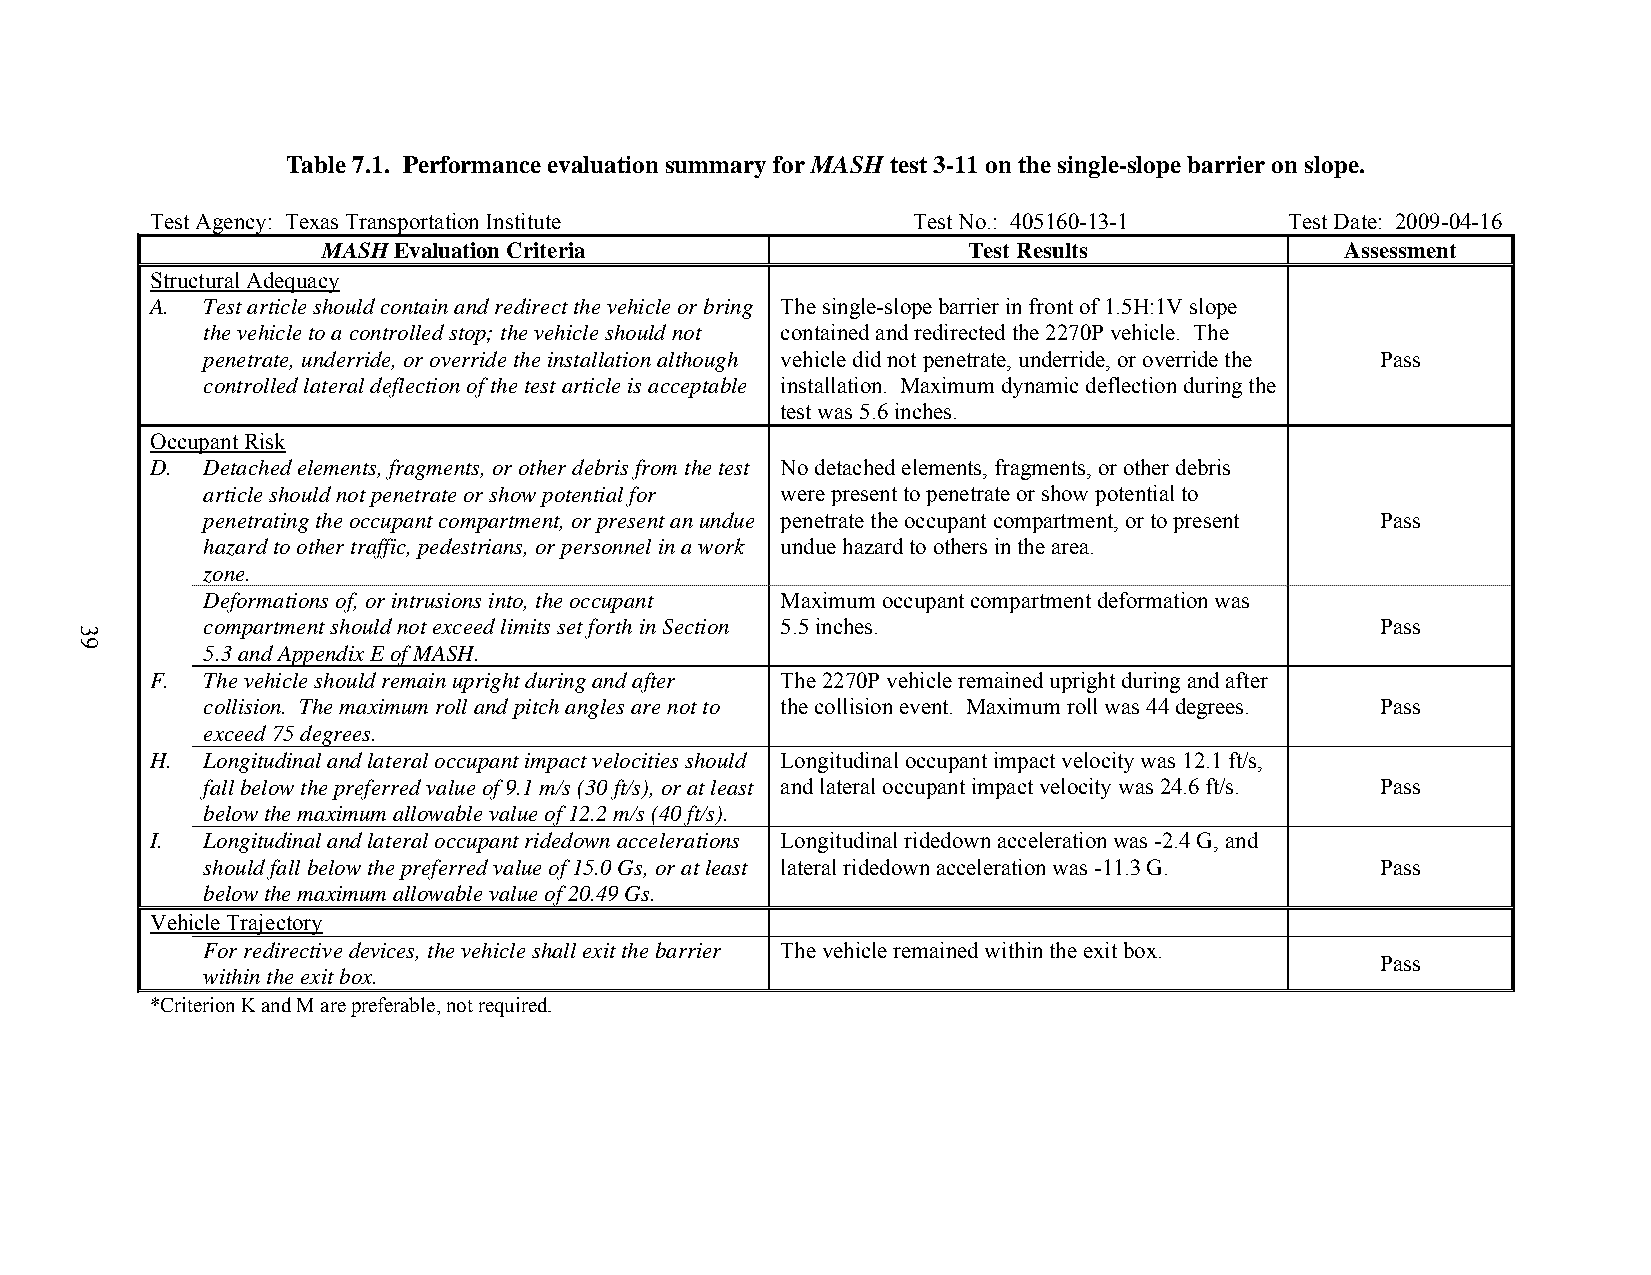
Table 7.1. Performance evaluation summary for MASH test 3-11 on the single-slope barrier on slope.
 Test Agency: Texas Transportation Institute       Test No.: 405160-13-1    Test Date: 2009-04-16
 MASH Evaluation Criteria                   Test Results             Assessment
 Structural Adequacy
 A. Test article should contain and redirect the vehicle or bring The single-slope barrier in front of 1.5H:1V slope
 the vehicle to a controlled stop; the vehicle should not contained and redirected the 2270P vehicle. The
 penetrate, underride, or override the installation although vehicle did not penetrate, underride, or override the Pass
 controlled lateral deflection of the test article is acceptable installation. Maximum dynamic deflection during the
 test was 5.6 inches.
 Occupant Risk
 D. Detached elements, fragments, or other debris from the test No detached elements, fragments, or other debris
 article should not penetrate or show potential for were present to penetrate or show potential to
 penetrating the occupant compartment, or present an undue penetrate the occupant compartment, or to present Pass
 hazard to other traffic, pedestrians, or personnel in a work undue hazard to others in the area.
 zone.
 Deformations of, or intrusions into, the occupant Maximum occupant compartment deformation was
 compartment should not exceed limits set forth in Section 5.5 inches.         Pass
 5.3 and Appendix E of MASH.
 F. The vehicle should remain upright during and after The 2270P vehicle remained upright during and after
 collision. The maximum roll and pitch angles are not to the collision event. Maximum roll was 44 degrees. Pass
 exceed 75 degrees.
 H. Longitudinal and lateral occupant impact velocities should Longitudinal occupant impact velocity was 12.1 ft/s,
 fall below the preferred value of 9.1 m/s (30 ft/s), or at least and lateral occupant impact velocity was 24.6 ft/s. Pass
 below the maximum allowable value of 12.2 m/s (40 ft/s).
 I. Longitudinal and lateral occupant ridedown accelerations Longitudinal ridedown acceleration was -2.4 G, and
 should fall below the preferred value of 15.0 Gs, or at least lateral ridedown acceleration was -11.3 G. Pass
 below the maximum allowable value of 20.49 Gs.
 Vehicle Trajectory
 For redirective devices, the vehicle shall exit the barrier The vehicle remained within the exit box.
 Pass
 within the exit box.
 *Criterion K and M are preferable, not required.
 39